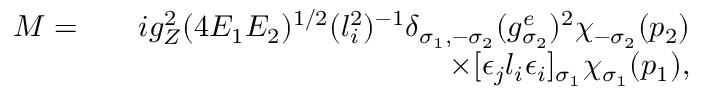
\begin{array} { r l r } { { \cal M } = } & { } & { i g _ { Z } ^ { 2 } ( 4 E _ { 1 } E _ { 2 } ) ^ { 1 / 2 } ( l _ { i } ^ { 2 } ) ^ { - 1 } \delta _ { \sigma _ { 1 } , - \sigma _ { 2 } } ( g _ { \sigma _ { 2 } } ^ { e } ) ^ { 2 } \chi _ { - \sigma _ { 2 } } ( p _ { 2 } ) } \\ & { } & { \times [ \epsilon _ { j } l _ { i } \epsilon _ { i } ] _ { \sigma _ { 1 } } \chi _ { \sigma _ { 1 } } ( p _ { 1 } ) , } \end{array}